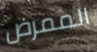
الممرض